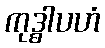
ကုဒ္ဓါပဟံ